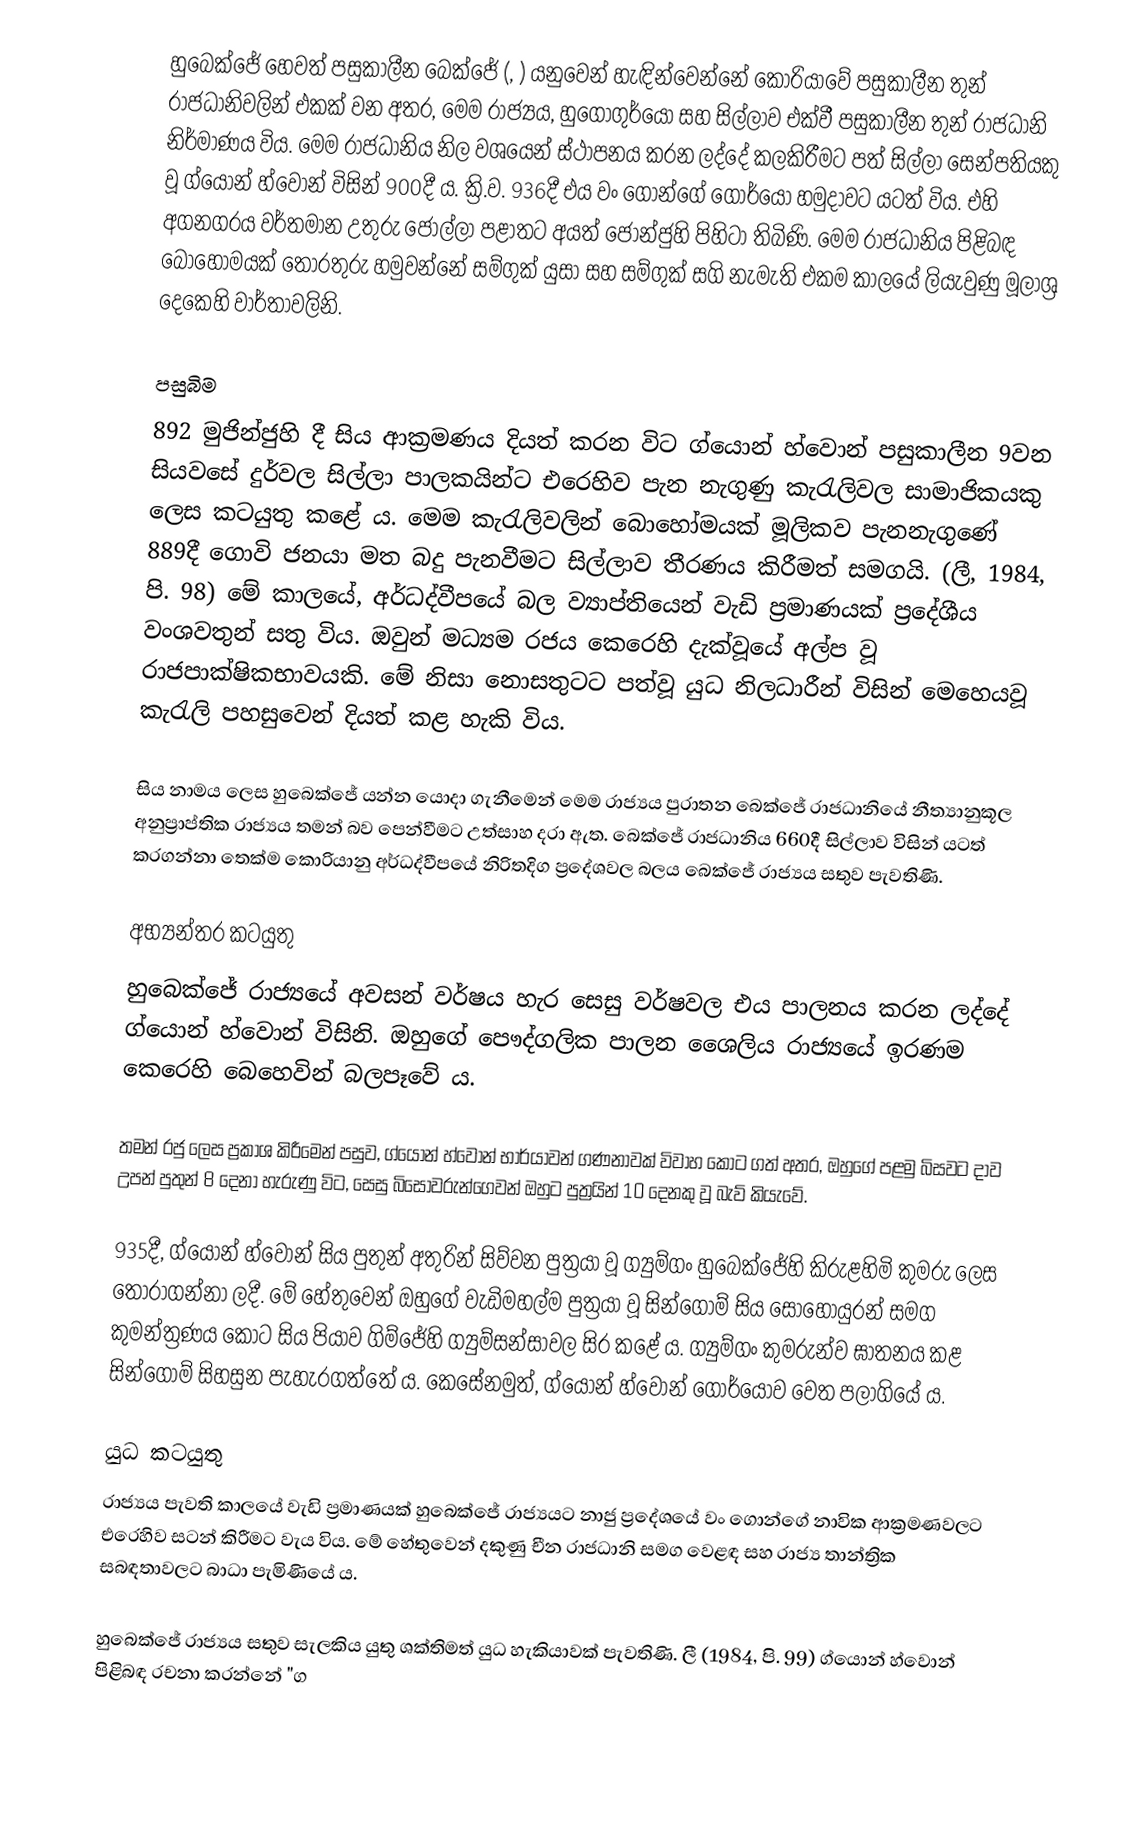
හුබෙක්ජේ හෙවත් පසුකාලීන බෙක්ජේ (, ) යනුවෙන් හැඳින්වෙන්නේ කොරියාවේ පසුකාලීන තුන් රාජධානිවලින් එකක් වන අතර, මෙම රාජ්‍යය, හුගොගුර්යෝ සහ සිල්ලාව එක්වී පසුකාලීන තුන් රාජධානි නිර්මාණය විය. මෙම රාජධානිය නිල වශයෙන් ස්ථාපනය කරන ලද්දේ කලකිරීමට පත් සිල්ලා සෙන්පතියකු වූ ග්යොන් හ්වොන් විසින් 900දී ය. ක්‍රි.ව. 936දී එය වං ගොන්‍‍‍ගේ ගොර්යෝ හමුදාවට යටත් විය. එහි අගනගරය වර්තමාන උතුරු ජොල්ලා පළාතට අයත් ජොන්ජුහි පිහිටා තිබිණි. මෙම රාජධානිය පිළිබඳ බොහෝමයක්‍ තොරතුරු හමුවන්නේ සම්ගුක් යුසා සහ සම්ගුක් සගි නැමැති එකම කාලයේ ලියැවුණු මූලාශ්‍ර දෙකෙහි වාර්තාවලිනි.

පසුබිම
892 මුජින්ජුහි දී සිය ආක්‍රමණය දියත් කරන විට ග්යොන් හ්වොන් පසුකාලීන 9වන සියවසේ දුර්වල සිල්ලා පාලකයින්ට එරෙහිව පැන නැගුණු කැරැලිවල සාමාජිකයකු ලෙස කටයුතු කළේ ය. මෙම කැරැලිවලින් බොහෝමයක් මූලිකව පැනනැගුණේ 889දී ගොවි ජනයා මත බදු පැනවීමට සිල්ලාව තීරණය කිරීමත් සමගයි. (ලී, 1984, පි. 98) මේ කාලයේ, අර්ධද්වීපයේ බල ව්‍යාප්තියෙන් වැඩි ප්‍රමාණයක් ප්‍රදේශීය වංශවතුන් සතු විය. ඔවුන් මධ්‍යම රජය කෙරෙහි දැක්වූයේ අල්ප වූ රාජපාක්ෂිකභාවයකි. මේ නිසා නොසතුටට පත්වූ යුධ නිලධාරීන් විසින් මෙහෙයවූ කැරැලි පහසුවෙන් දියත් කළ හැකි විය.

සිය නාමය ලෙස හුබෙක්ජේ යන්න යොදා ගැනීමෙන් මෙම රාජ්‍යය පුරාතන බෙක්ජේ රාජධානියේ නීත්‍යානුකූල අනුප්‍රාප්තික රාජ්‍යය තමන් බව පෙන්වීමට උත්සාහ දරා ඇත. බෙක්ජේ රාජධානිය 660දී සිල්ලාව විසින් යටත් කරගන්නා තෙක්ම කොරියානු අර්ධද්වීපයේ නිරිතදිග ප්‍රදේශවල බලය බෙක්ජේ රාජ්‍යය සතුව පැවතිණි.

අභ්‍යන්තර කටයුතු
හුබෙක්ජේ රාජ්‍යයේ අවසන් වර්ෂය හැර සෙසු වර්ෂවල එය පාලනය කරන ලද්දේ ග්යොන් හ්වොන් විසිනි. ඔහුගේ පෞද්ගලික පාලන ශෛලිය රාජ්‍යයේ ඉරණම කෙරෙහි බෙහෙවින් බලපෑවේ ය.

තමන් රජු ලෙස ප්‍රකාශ කිරීමෙන් පසුව, ග්යොන් ‍හ්වොන් භාර්යාවන් ගණනාවක් විවාහ කොට ගත් අතර, ඔහුගේ පළමු බිසවට දාව උපන් පුතුන් 8 දෙනා හැරුණු විට, සෙසු බිසෝවරුන්ගෙවන් ඔහුට පුත්‍රයින් 10 දෙනකු වූ බැව් කියැවේ.

935දී, ග්යොන් හ්වොන් සිය පුතුන් අතුරින් සිව්වන පුත්‍රයා වූ ග්‍යුම්ගං හුබෙක්ජේහි කිරුළහිමි කුමරු ලෙස තෝරාගන්නා ලදී. මේ හේතුවෙන් ඔහුගේ වැඩිමහල්ම පුත්‍රයා වූ සින්ගොම් සිය සොහොයුරන් සමග කුමන්ත්‍රණය කොට සිය පියාව ගිම්ජේහි ග්‍යුම්සන්සාවල සිර කළේ ය. ග්‍යුම්ගං කුමරුන්ව ඝාතනය කළ සින්ගොම් සිහසුන පැහැරගත්තේ ය. කෙසේනමුත්, ග්යොන් හ්වොන් ගොර්යෝව වෙත පලාගියේ ය.

යුධ කටයුතු
රාජ්‍යය පැවති කාලයේ වැඩි ප්‍රමාණයක් හුබෙක්ජේ රාජ්‍යයට නාජු ප්‍රදේශයේ වං ගොන්ගේ නාවික ආක්‍රමණවලට එරෙහිව සටන් කිරීමට වැය විය. මේ හේතුවෙන් දකුණු චීන රාජධානි සමග වෙළඳ සහ රාජ්‍ය තාන්ත්‍රික සබඳතාවලට බාධා පැමිණියේ ය.

හුබෙක්ජේ රාජ්‍යය සතුව සැලකිය යුතු ශක්තිමත් යුධ හැකියාවක් පැවතිණි. ලී (1984, පි. 99) ග්යොන් හ්වොන් පිළිබඳ රචනා කරන්නේ "ග